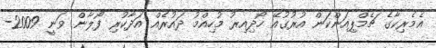
އެމެރިކާގެ ޗެމްޕިއަންކަން އުރުގުއޭ ހޯދިއިރު މުހިއްމު ދައުރެއް އަދާކުރި ފޯލާން ވަނީ 2009-